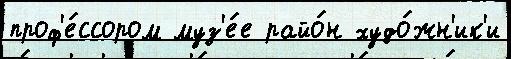
проф'е́ссором муз'е́е райо́н худо́жн'ик'и